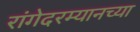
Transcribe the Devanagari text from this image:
रांगेदरम्यानच्या